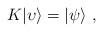
LaTeX: \begin{align*}K \vert \upsilon \rangle = \vert \psi \rangle \ , \end{align*}